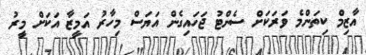
އާޒިމް ކިތަންމެ ވަރަކަށް ސެންޓު ޖަހައިގެން އަޔަސް މިހާރު އަމީޒާ އަކަށް މީރު